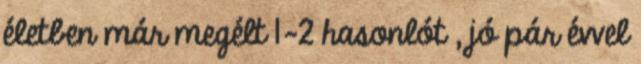
életben már megélt 1-2 hasonlót , jó pár évvel